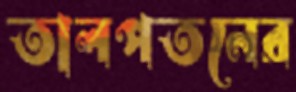
তালপতনের